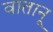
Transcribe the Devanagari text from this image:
वातानू